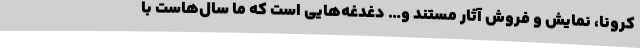
کرونا، نمایش و فروش آثار مستند و… دغدغه‌هایی است که ما سال‌هاست با